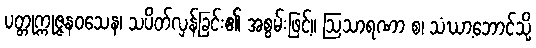
ပတ္တုက္ကုဇ္ဇနဝသေန၊ သပိတ်လှန်ခြင်း၏ အစွမ်းဖြင့်။ ဩသာရဏာ စ၊ သံဃာ့ဘောင်သို့